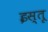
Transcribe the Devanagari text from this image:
इस्तू